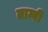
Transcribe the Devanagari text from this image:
ताम्बी